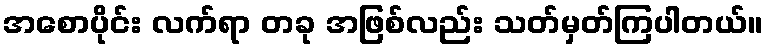
အစောပိုင်း လက်ရာ တခု အဖြစ်လည်း သတ်မှတ်ကြပါတယ်။